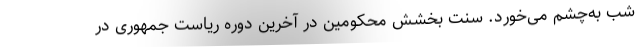
شب به‌چشم می‌خورد. سنت بخشش محکومین در آخرین دورهٔ ریاست جمهوری در